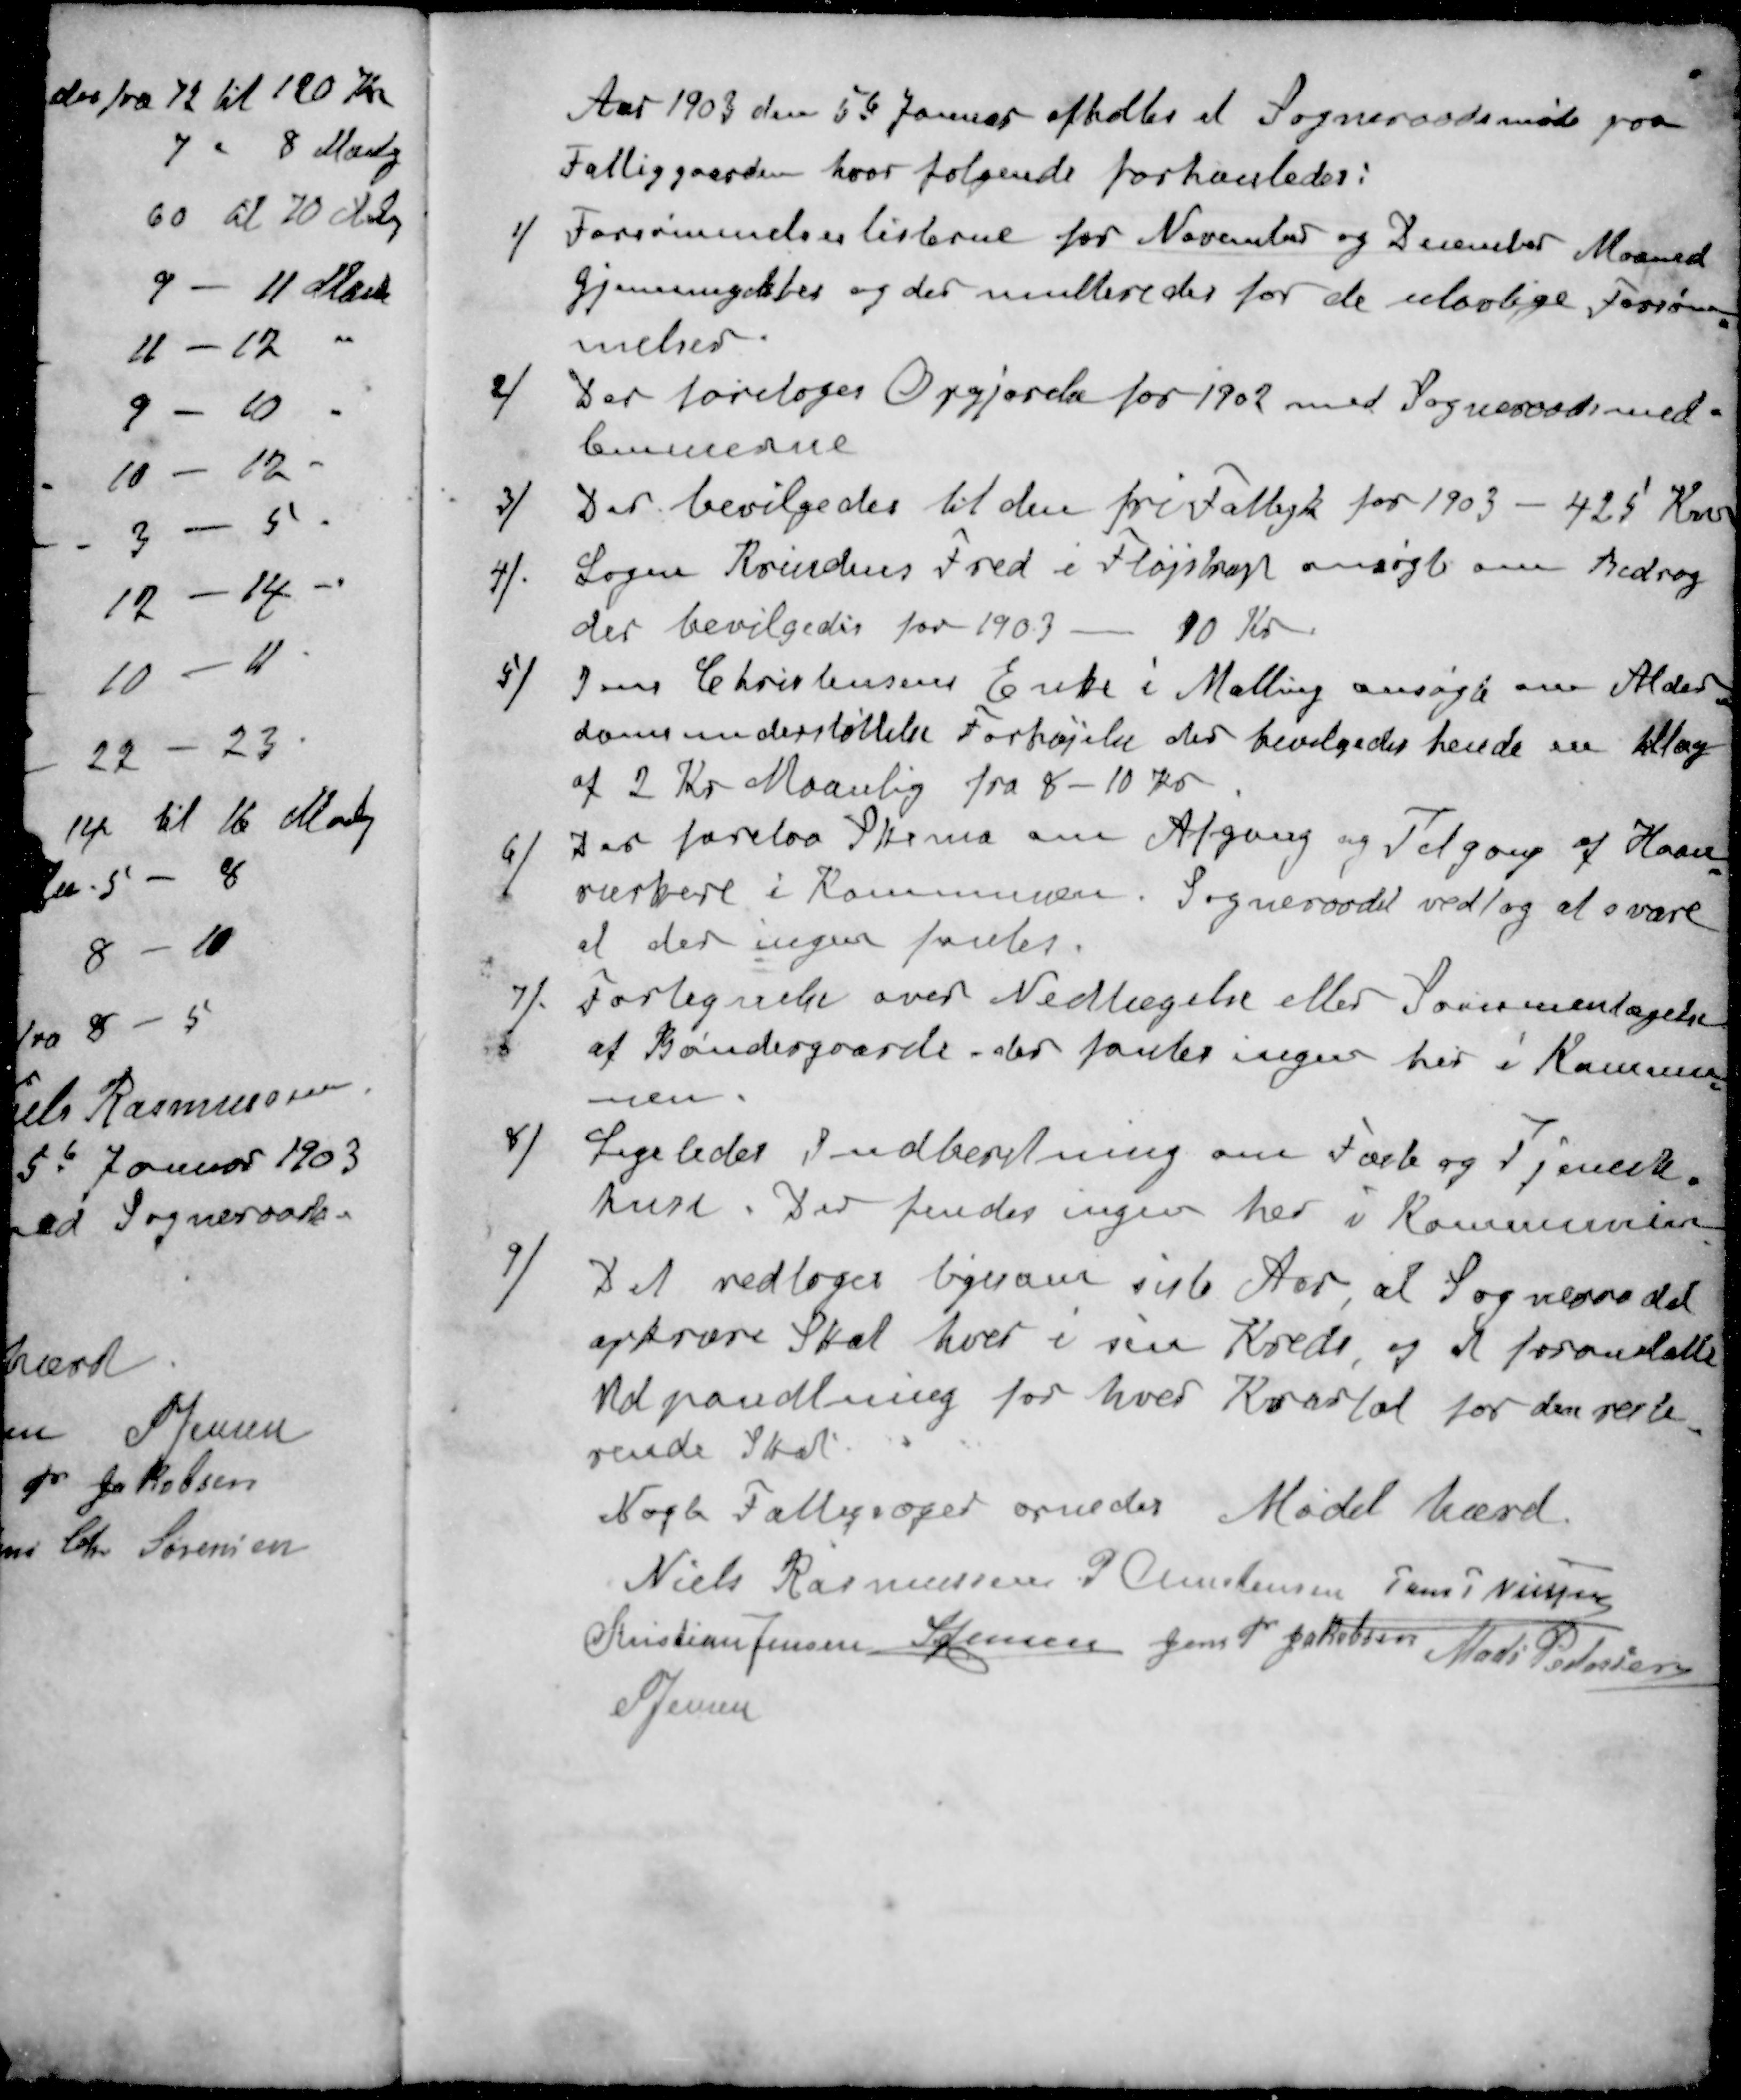
Transskription:
Aar 1903 den 5te Januar afholtes et Sogneraadsmøde paa
Fattiggaarden, hvor følgende forhanledes:
1 / Forsømmelseslisterne for November og December Maaned
gjennemgikkes og der multeredes for de ulovlige Forsøm-
melser.
2 / Der foretoges Opgjørelse for 1902 med Sogneraadsmed-
lemmerne
3 / Der bevilgedes til den fri Fattigk for 1903 - 425 Kr
4 / Logen Kvindens Fred i Fløjstrup ansøgte om Bidrag
der bevilgedes for 1903 - 10 Kr.
5 / Jens Christensens Enke i Malling ansøgte om Alder-
domsunderstøttelse Forhøjelse der bevilgedes hende en tillæg
af 2 Kr Maanlig fra 8-10 Kr
6 / Der forelaa Skema om Afgang og Tilgang af Haan-
værkere i Kommunen. Sogneraadet vedtog at svare
at der ingen fantes.
7 / Fortegnelse over Nedtagelse eller Sammenlægelse
af Bøndergaarde, der fantes ingen her i Kommu-
nen
8 / Ligeledes Indberetning om Fæste og Tjeneste-
huse. Der findes ingen her i Kommunen
9 / Det vedtoges ligesom siste Aar at Sogneraadet
opkræve Skat hver i sin Krede, og at foranstalte
Udpantning for hver Kvartal for den reste-
rende Skat
Nogle Fattigsager ornedes Mødet hævet
Niels Rasmussen
P Christensen
Jens P Nielsen
Kristian Jensen
S Jensen
Jens P Jakobsen
Mads Pedersen
S Jensen